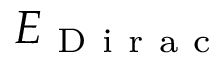
E _ { \mathrm { ~ D ~ i ~ r ~ a ~ c ~ } }